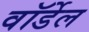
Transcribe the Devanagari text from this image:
वॉर्डेल